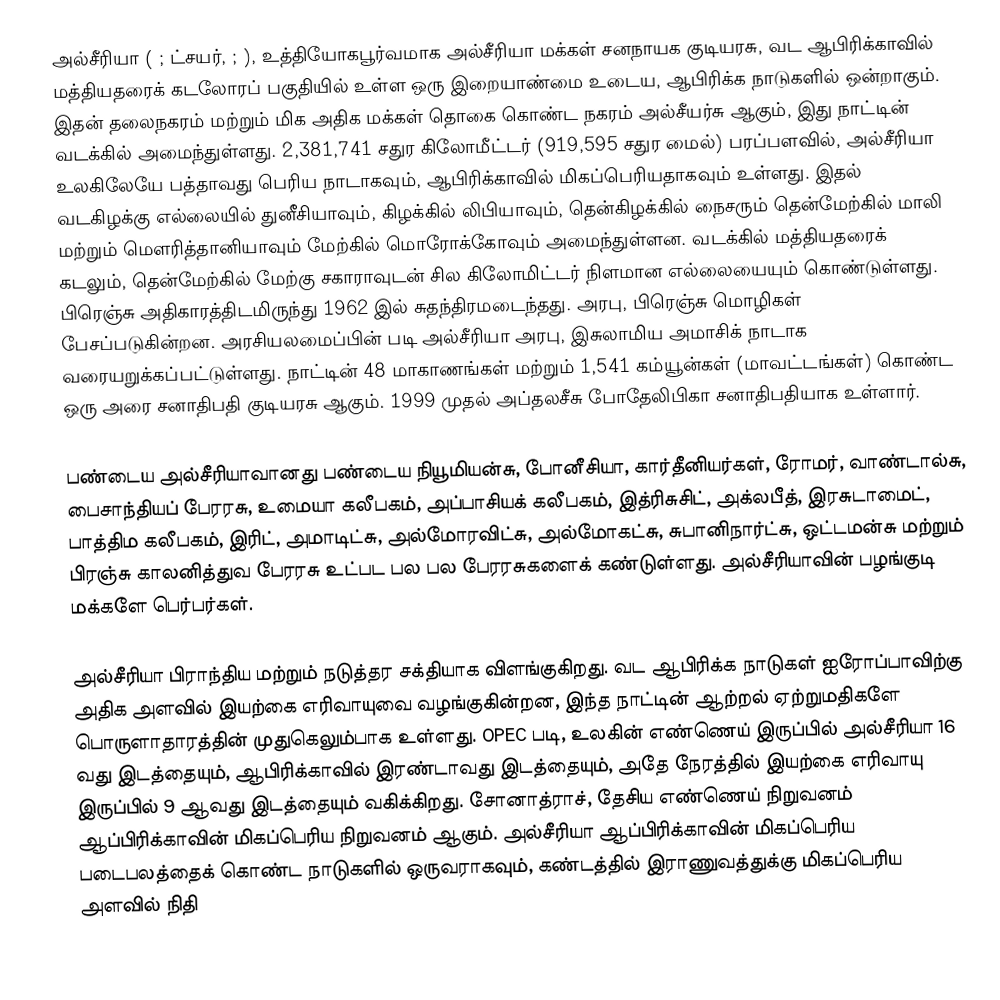
அல்சீரியா ( ; ட்சயர், ; ),  உத்தியோகபூர்வமாக அல்சீரியா மக்கள் சனநாயக குடியரசு, வட ஆபிரிக்காவில் மத்தியதரைக் கடலோரப் பகுதியில் உள்ள ஒரு இறையாண்மை உடைய, ஆபிரிக்க நாடுகளில் ஒன்றாகும். இதன் தலைநகரம் மற்றும் மிக அதிக மக்கள் தொகை கொண்ட நகரம்  அல்சீயர்சு ஆகும், இது நாட்டின் வடக்கில் அமைந்துள்ளது. 2,381,741 சதுர கிலோமீட்டர் (919,595 சதுர மைல்) பரப்பளவில், அல்சீரியா உலகிலேயே பத்தாவது பெரிய நாடாகவும், ஆபிரிக்காவில் மிகப்பெரியதாகவும் உள்ளது.  இதல் வடகிழக்கு எல்லையில் துனீசியாவும், கிழக்கில் லிபியாவும், தென்கிழக்கில் நைசரும் தென்மேற்கில் மாலி மற்றும் மௌரித்தானியாவும் மேற்கில் மொரோக்கோவும் அமைந்துள்ளன. வடக்கில்  மத்தியதரைக் கடலும், தென்மேற்கில் மேற்கு சகாராவுடன் சில கிலோமிட்டர் நிளமான எல்லையையும் கொண்டுள்ளது. பிரெஞ்சு அதிகாரத்திடமிருந்து 1962 இல் சுதந்திரமடைந்தது. அரபு, பிரெஞ்சு மொழிகள் பேசப்படுகின்றன. அரசியலமைப்பின் படி அல்சீரியா அரபு, இசுலாமிய அமாசிக் நாடாக வரையறுக்கப்பட்டுள்ளது.  நாட்டின் 48 மாகாணங்கள் மற்றும் 1,541 கம்யூன்கள் (மாவட்டங்கள்) கொண்ட ஒரு அரை சனாதிபதி குடியரசு ஆகும்.  1999 முதல் அப்தலசீசு போதேலிபிகா சனாதிபதியாக உள்ளார்.

பண்டைய அல்சீரியாவானது  பண்டைய நியூமியன்சு, போனீசியா, கார்தீனியர்கள், ரோமர், வாண்டால்சு, பைசாந்தியப் பேரரசு, உமையா கலீபகம், அப்பாசியக் கலீபகம், இத்ரிசுசிட், அக்லபீத், இரசுடாமைட், பாத்திம கலீபகம், இரிட், அமாடிட்சு, அல்மோரவிட்சு, அல்மோகட்சு, சுபானிநார்ட்சு, ஒட்டமன்சு மற்றும் பிரஞ்சு காலனித்துவ பேரரசு உட்பட பல பல பேரரசுகளைக் கண்டுள்ளது.   அல்சீரியாவின் பழங்குடி மக்களே பெர்பர்கள்.

அல்சீரியா பிராந்திய மற்றும் நடுத்தர சக்தியாக விளங்குகிறது. வட ஆபிரிக்க நாடுகள் ஐரோப்பாவிற்கு அதிக அளவில் இயற்கை எரிவாயுவை வழங்குகின்றன, இந்த நாட்டின் ஆற்றல் ஏற்றுமதிகளே பொருளாதாரத்தின் முதுகெலும்பாக உள்ளது. OPEC படி,  உலகின் எண்ணெய் இருப்பில் அல்சீரியா 16 வது இடத்தையும், ஆபிரிக்காவில் இரண்டாவது இடத்தையும், அதே நேரத்தில் இயற்கை எரிவாயு இருப்பில் 9 ஆவது இடத்தையும் வகிக்கிறது. சோனாத்ராச், தேசிய எண்ணெய் நிறுவனம் ஆப்பிரிக்காவின் மிகப்பெரிய நிறுவனம் ஆகும். அல்சீரியா ஆப்பிரிக்காவின் மிகப்பெரிய படைபலத்தைக் கொண்ட நாடுகளில் ஒருவராகவும், கண்டத்தில் இராணுவத்துக்கு மிகப்பெரிய அளவில் நிதி